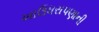
ખાઉધરાપણાની